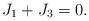
LaTeX: \begin{align*}J_1 + J_3 = 0.\end{align*}